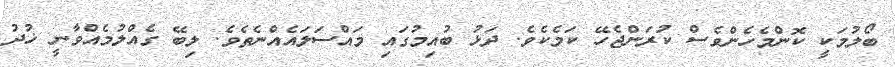
ބޯލުމަކީ ކޮންމެހެންވެސް ކުރަންޖެހޭ ކަމެކެވެ. ދަޅު ބުއިމުގައި މައްސަލައެއްނެތެވެ. ލިބޭ ގެއްލުމެއްވާނީ ޚުދު